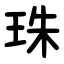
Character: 珠